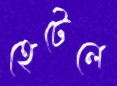
হেটেলে